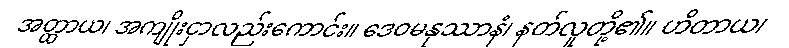
အတ္ထာယ၊ အကျိုးငှာလည်းကောင်း။ ဒေဝမနုဿာနံ၊ နတ်လူတို့၏။ ဟိတာယ၊